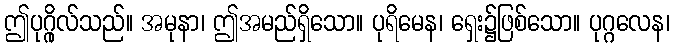
ဤပုဂ္ဂိုလ်သည်။ အမုနာ၊ ဤအမည်ရှိသော။ ပုရိမေန၊ ရှေး၌ဖြစ်သော။ ပုဂ္ဂလေန၊